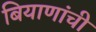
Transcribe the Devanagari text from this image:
बियाणांची